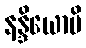
နန္ဒိယောပိ